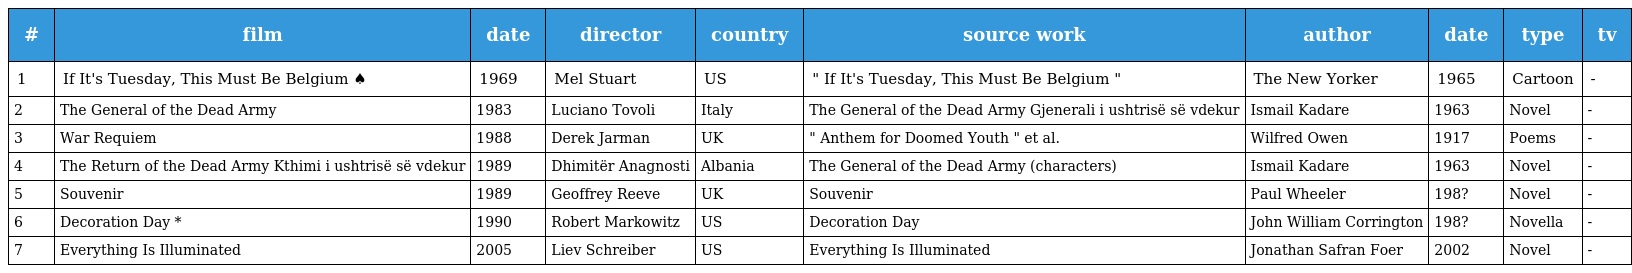
| # | film | date | director | country | source work | author | date | type | tv |
 | --- | --- | --- | --- | --- | --- | --- | --- | --- | --- |
 | 1 | If It's Tuesday, This Must Be Belgium ♠ | 1969 | Mel Stuart | US | " If It's Tuesday, This Must Be Belgium " | The New Yorker | 1965 | Cartoon | - |
 | 2 | The General of the Dead Army | 1983 | Luciano Tovoli | Italy | The General of the Dead Army Gjenerali i ushtrisë së vdekur | Ismail Kadare | 1963 | Novel | - |
 | 3 | War Requiem | 1988 | Derek Jarman | UK | " Anthem for Doomed Youth " et al. | Wilfred Owen | 1917 | Poems | - |
 | 4 | The Return of the Dead Army Kthimi i ushtrisë së vdekur | 1989 | Dhimitër Anagnosti | Albania | The General of the Dead Army (characters) | Ismail Kadare | 1963 | Novel | - |
 | 5 | Souvenir | 1989 | Geoffrey Reeve | UK | Souvenir | Paul Wheeler | 198? | Novel | - |
 | 6 | Decoration Day * | 1990 | Robert Markowitz | US | Decoration Day | John William Corrington | 198? | Novella | - |
 | 7 | Everything Is Illuminated | 2005 | Liev Schreiber | US | Everything Is Illuminated | Jonathan Safran Foer | 2002 | Novel | - |